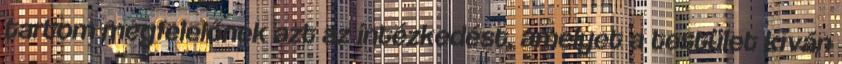
tartom megfelelőnek azt az intézkedést, amelyet a testület kíván